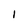
Character: 1